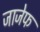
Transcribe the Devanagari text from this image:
जाजेफ